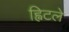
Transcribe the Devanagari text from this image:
ह्विटले